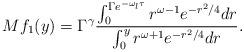
LaTeX: \begin{align*} Mf_{1}(y)=\Gamma^{\gamma}\frac{\int_{0}^{\Gamma e^{-\omega_{l}\tau}}r^{\omega-1}e^{-r^{2}/4}dr}{\int_{0}^{y}r^{\omega+1}e^{-r^{2}/4}dr}. \end{align*}